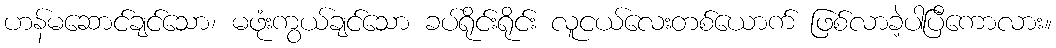
ဟန်မဆောင်ချင်သော၊ မဖုံးကွယ်ချင်သော ခပ်ရိုင်းရိုင်း လူငယ်လေးတစ်ယောက် ဖြစ်လာခဲ့ပါပြီကောလား။